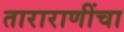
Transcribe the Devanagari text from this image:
ताराराणींचा